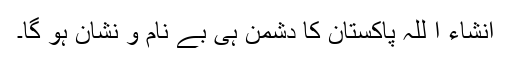
انشاء ا للہ پاکستان کا دشمن ہی بے نام و نشان ہو گا۔